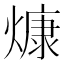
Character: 𤎖